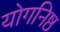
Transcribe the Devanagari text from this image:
योगनिष्ठ